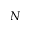
N